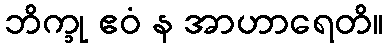
ဘိက္ခု ဧဝံ န အာဟာရေတိ။